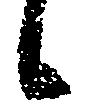
候